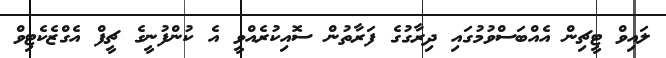
ލައިވް ޓީޗިން އެއްބަސްވުމުގައި ދިރާގުގެ ފަރާތުން ސޮއިކުރެއްވީ އެ ކުންފުނީގެ ޗީފް އެގްޒެކެޓިވް